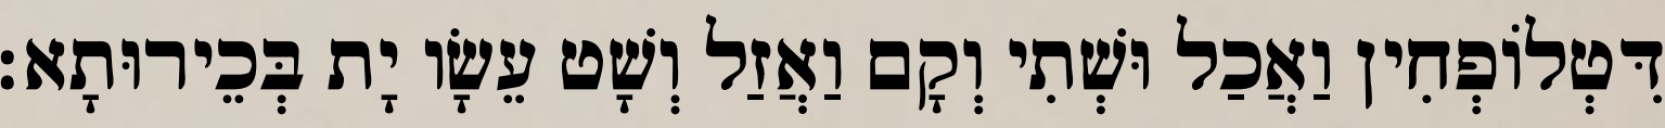
דִּטְלוֹפְחִין וַאֲכַל וּשְׁתִי וְקָם וַאֲזַל וְשָׁט עֵשָׂו יָת בְּכֵירוּתָא׃